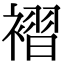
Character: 褶